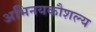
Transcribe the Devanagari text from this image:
अभिनयकौशल्य